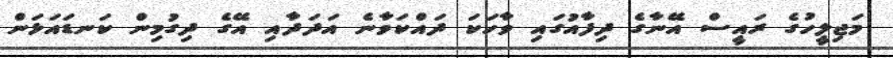
މަޖިލީހުގެ ރައީސް އޭނާގެ ދިފާއުގައި ވާހަކަ ދައްކަވާނެ އަދަދާއި އޭގެ ދިގުމިން ކަނޑައަޅަން